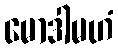
မောဒါမဟံ